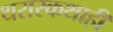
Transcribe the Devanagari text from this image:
थरारकथाही